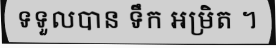
ទទួលបាន ទឹក អម្រិត ។